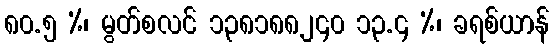
၈၀.၅ %၊ မွတ်စလင် ၁၃၈၁၈၈၂၄၀ ၁၃.၄ %၊ ခရစ်ယာန်